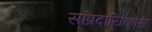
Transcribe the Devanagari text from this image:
सांप्रदायिकांस